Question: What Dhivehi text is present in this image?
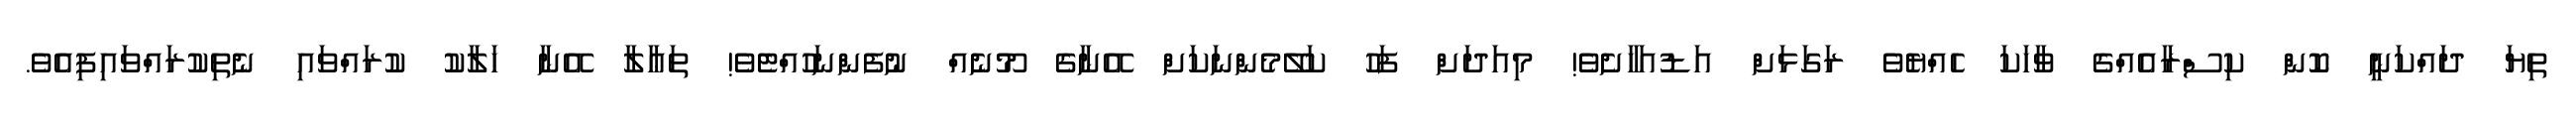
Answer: ތިޔަ ދައްކަނީ ކޮން ކިސްރާއެއްގެ ވާހަކަ ހެއްޔެވެ ރަގަޅަށް އަޑުއަހާށެވެ! މިއަދަށް ފަހު ކަލޭމެންނަކަށް އޭނާގެ މޫނެއް ނުފެންނަހުއްޓެވެ! ތަޢާލާ އޭނާ ހަލާކު ކުރައްވައި ނެތިކުރައްވައިފިއެވެ.